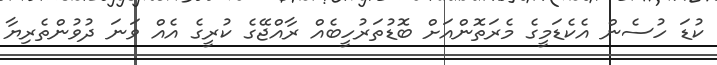
ކުޑަ ހުސެން އެކެޑަމީގެ މެރަތޮންއަށް ބޮޑުތަރުހީބެއް ރާއްޖޭގެ ކުރީގެ އެއް ވަނަ ދުވުންތެރިޔާ